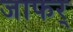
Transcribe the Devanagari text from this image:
जाफर्